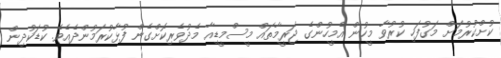
ކުށްކުރުމަށް މަގުފަހި ކުރުވާ މީހުން އެމީހުންގެ ޖަރީމާތައް މީސްމީޑިއާ މެދުވެރިކޮށްގެން ފުޅާކުރަމުންދެއެވެ. ކުޑަކުދިން